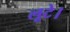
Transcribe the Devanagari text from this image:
लूटे।